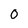
Character: 0